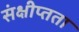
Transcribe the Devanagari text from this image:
संक्षीप्तता